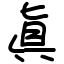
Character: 眞